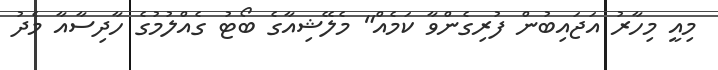
މިއީ މިހާރު އަޖައިބުން ފުރިގެންވާ ކަމެއް" މެލޭޝިއާގެ ބޯޓު ގެއްލުމުގެ ހާދިސާއާ މެދު